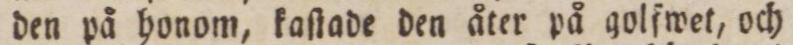
den på honom, kaſtade den åter på golfwet, och